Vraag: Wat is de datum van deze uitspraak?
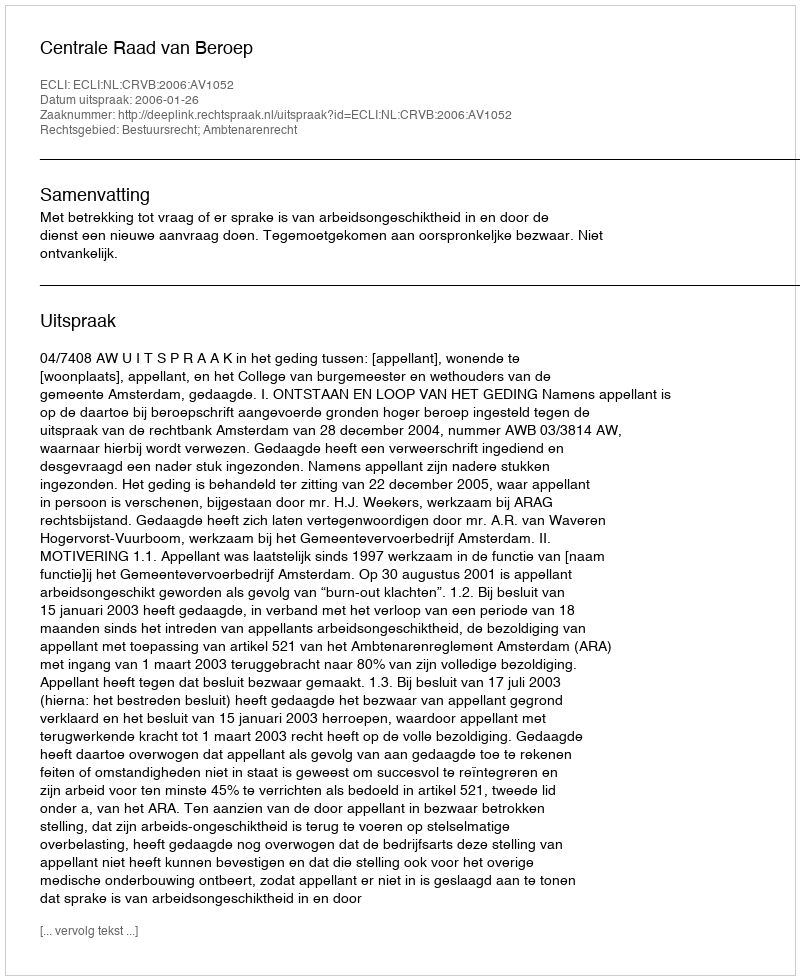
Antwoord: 2006-01-26